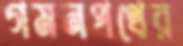
গমনপথের